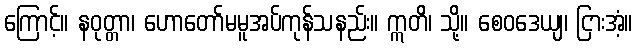
ကြောင့်။ နဝုတ္တာ၊ ဟောတော်မမူအပ်ကုန်သနည်း။ ဣတိ၊ သို့။ စေဝဒေယျ၊ ငြားအံ့။